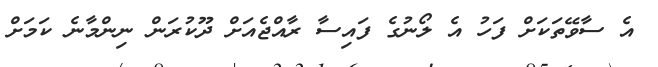
އެ ސާވޭތަކަށް ފަހު އެ ލޯނުގެ ފައިސާ ރާއްޖެއަށް ދޫކުރަން ނިންމާނެ ކަމަށް